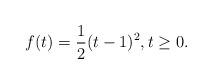
LaTeX: \begin{align*}f(t) = \frac{1}{2}(t-1)^2,t\geq0.\end{align*}